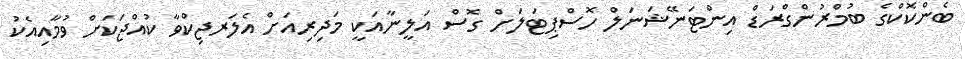
ބެންކޮކްގެ ބުމްރުންގްރަޑް އިންޓަނޭޝަނަލް ހޮސްޕިޓަލަށް ގޮސް އަލީނާއަކީ މަދިރިއަށް އެލަރޖިކްވާ ކުއްޖަކަށް ވުމާއިއެކު